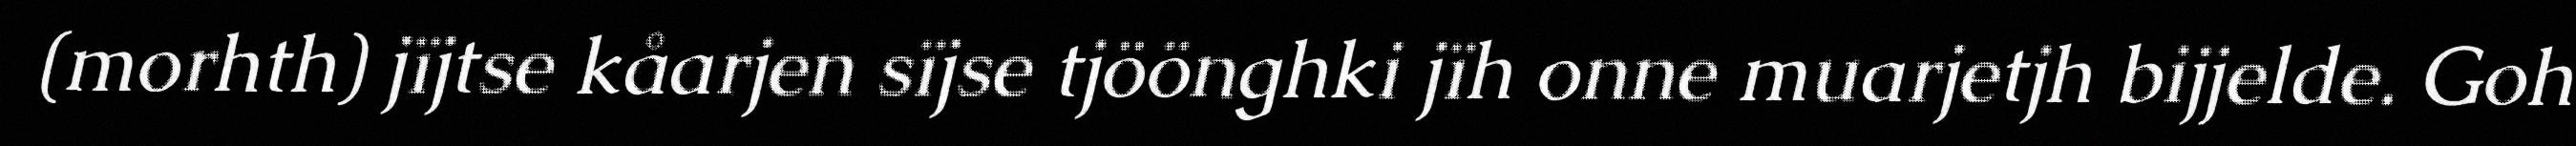
(morhth) jïjtse kåarjen sïjse tjöönghki jïh onne muarjetjh bijjelde. Goh